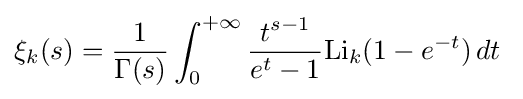
\xi _{k}(s)={\frac {1}{\Gamma (s)}}\int _{0}^{+\infty }{\frac {t^{s-1}}{e^{t}-1}}\mathrm {Li} _{k}(1-e^{-t})\,dt\